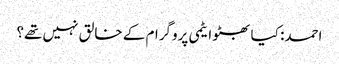
احمد: کیا بھٹو ایٹمی پروگرام کے خالق نہیں تھے؟